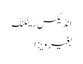
انڈیکس رینکنگ
بغیر ویزا